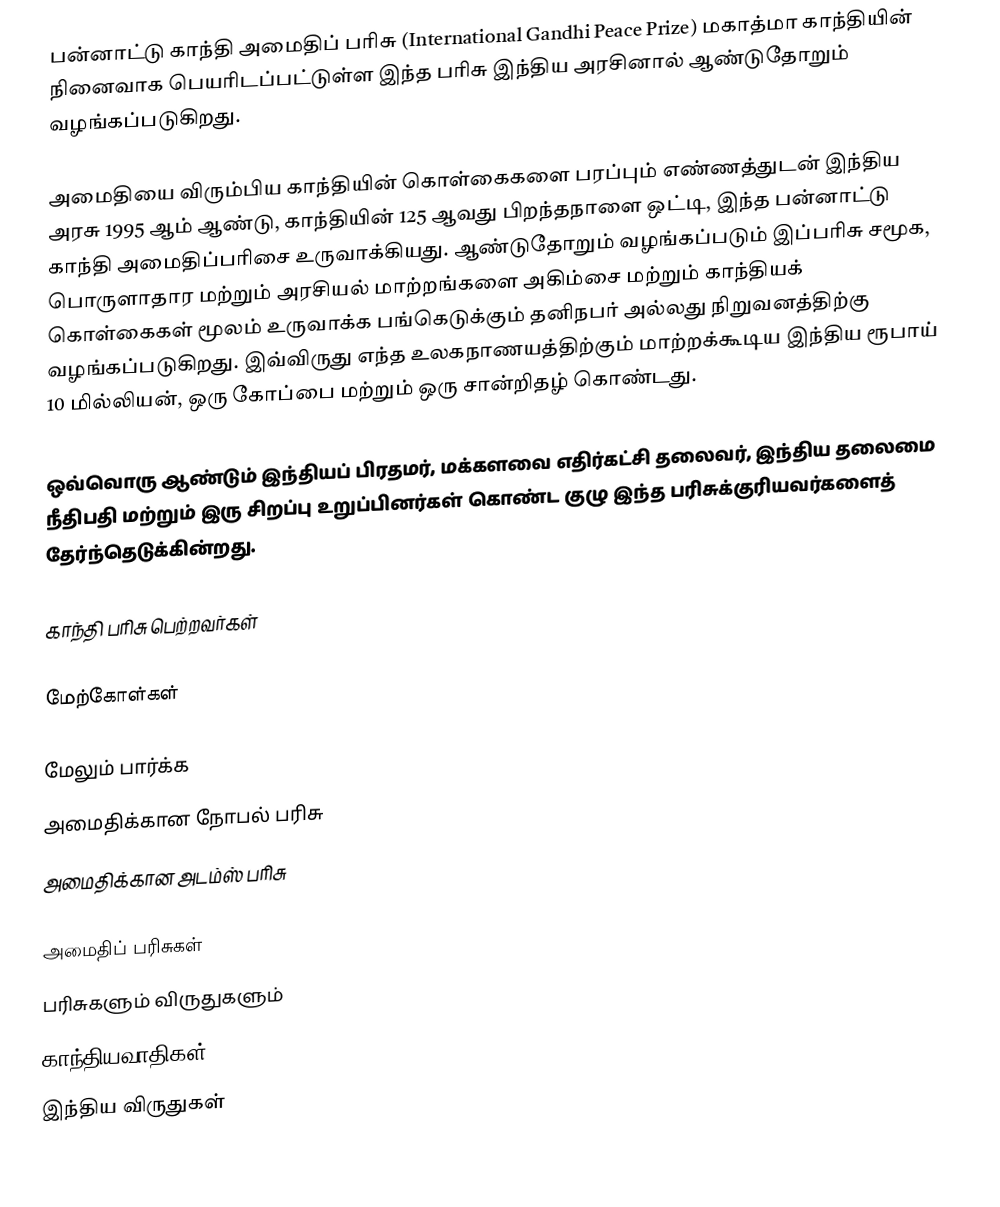
பன்னாட்டு காந்தி அமைதிப் பரிசு (International Gandhi Peace Prize) மகாத்மா காந்தியின் நினைவாக பெயரிடப்பட்டுள்ள இந்த பரிசு இந்திய அரசினால் ஆண்டுதோறும் வழங்கப்படுகிறது.

அமைதியை விரும்பிய காந்தியின் கொள்கைகளை பரப்பும் எண்ணத்துடன் இந்திய அரசு 1995 ஆம் ஆண்டு, காந்தியின் 125 ஆவது பிறந்தநாளை ஒட்டி, இந்த பன்னாட்டு காந்தி அமைதிப்பரிசை உருவாக்கியது. ஆண்டுதோறும் வழங்கப்படும் இப்பரிசு சமூக, பொருளாதார மற்றும் அரசியல் மாற்றங்களை அகிம்சை மற்றும் காந்தியக் கொள்கைகள் மூலம் உருவாக்க பங்கெடுக்கும் தனிநபர் அல்லது நிறுவனத்திற்கு வழங்கப்படுகிறது. இவ்விருது எந்த உலகநாணயத்திற்கும் மாற்றக்கூடிய இந்திய ரூபாய் 10 மில்லியன், ஒரு கோப்பை மற்றும் ஒரு சான்றிதழ் கொண்டது.

ஒவ்வொரு ஆண்டும் இந்தியப் பிரதமர், மக்களவை எதிர்கட்சி தலைவர், இந்திய தலைமை நீதிபதி மற்றும் இரு சிறப்பு உறுப்பினர்கள் கொண்ட குழு இந்த பரிசுக்குரியவர்களைத் தேர்ந்தெடுக்கின்றது.

காந்தி பரிசு பெற்றவர்கள்

மேற்கோள்கள்

மேலும் பார்க்க
 அமைதிக்கான நோபல் பரிசு
 அமைதிக்கான அடம்ஸ் பரிசு

அமைதிப் பரிசுகள்
பரிசுகளும் விருதுகளும்
காந்தியவாதிகள்
இந்திய விருதுகள்